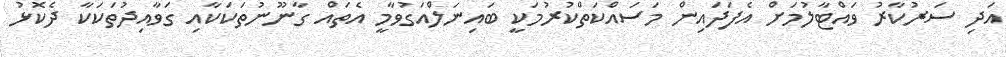
އަދި ސަރުކާރު ވައްޓާލުމަށް އެފަދައިން މަސައްކަތްކުރުމަކީ ބައިނަލްއަގުވާމީ އެތައް ގާނޫނުތަކަކާއި ގަވާއިދުތަކަކާ ދެކޮޅު